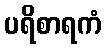
ပရိစာရကံ